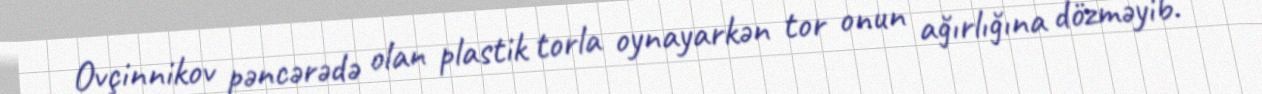
Ovçinnikov pəncərədə olan plastik torla oynayarkən tor onun ağırlığına dözməyib.